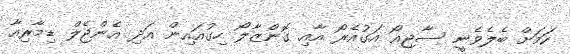
ކަމަށް ބެލެވެނީ ސާޖިއޯ އަގުއެރޯ އާއި ގޮންޒާލޯ ހިގުއައިން އަދި އެންޖެލް ޑިމާރިއާ